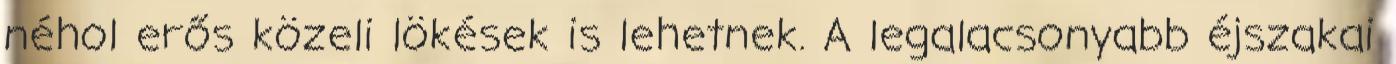
néhol erős közeli lökések is lehetnek. A legalacsonyabb éjszakai